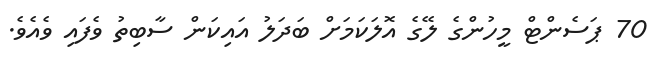
70 ޕަސެންޓް މީހުންގެ ލޭގެ އޮލަކަމަށް ބަދަލު އައިކަން ސާބިތު ވެފައި ވެއެވެ.